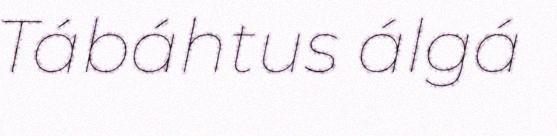
Tábáhtus álgá